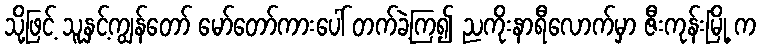
သို့ဖြင့် သူနှင့်ကျွန်တော် မော်တော်ကားပေါ် တက်ခဲ့ကြ၍ ညကိုးနာရီလောက်မှာ ဇီးကုန်းမြို့ က